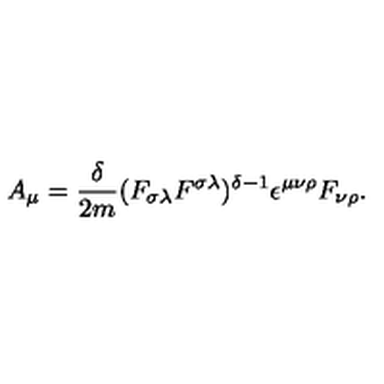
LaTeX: A _ { \mu } = \frac { \delta } { 2 m } ( F _ { \sigma \lambda } F ^ { \sigma \lambda } ) ^ { \delta - 1 } \epsilon ^ { \mu \nu \rho } F _ { \nu \rho } .